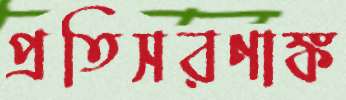
প্রতিসরণাঙ্ক